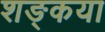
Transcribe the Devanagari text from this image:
शङ्कया